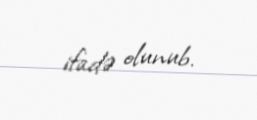
ifadə olunub.